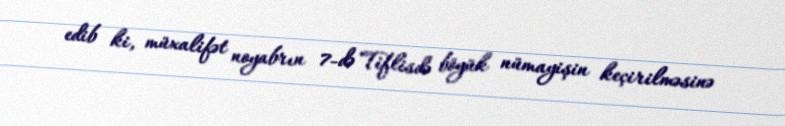
edib ki, müxalifət noyabrın 7-də Tiflisdə böyük nümayişin keçirilməsinə